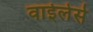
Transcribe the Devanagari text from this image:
वाईलेर्स